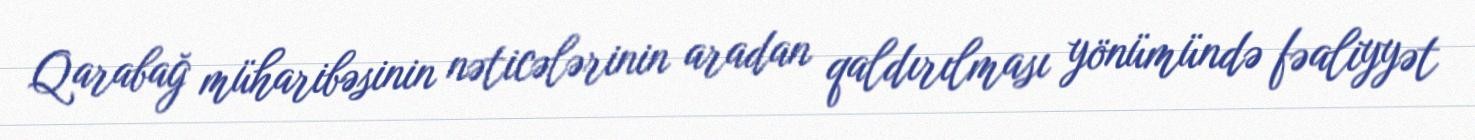
Qarabağ müharibəsinin nəticələrinin aradan qaldırılması yönümündə fəaliyyət